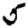
Digit: 5